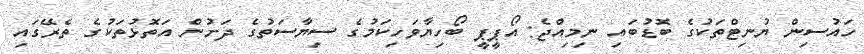
ހައުސިން ޔުނިޓްތަކުގެ ބޮޑުބައި ނިމިއްޖެ: އޯޕީޕީ ބޯހިޔާވަހިކަމުގެ ސިޔާސަތުގެ ދަށުން އަތޮޅުތަކުގެ ތެރޭގައި